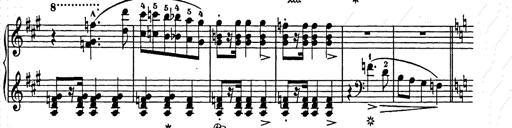
Title: Weihnachtsbaum
Composer: Franz Liszt